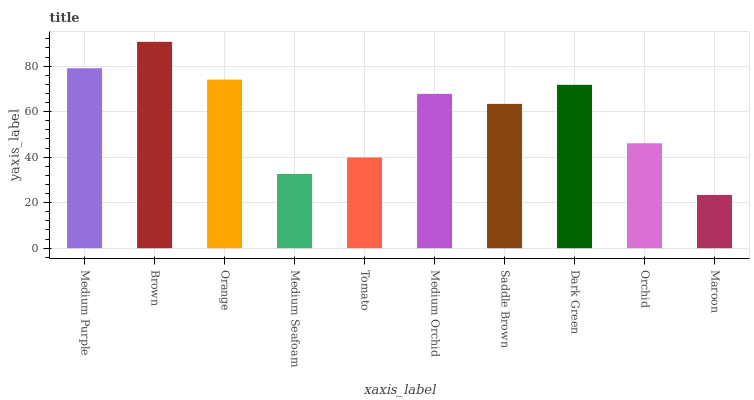
| xaxis_label | bars |
 | --- | --- |
 | Medium Purple | 79.1 |
 | Brown | 90.7 |
 | Orange | 74.1 |
 | Medium Seafoam | 32.6 |
 | Tomato | 39.9 |
 | Medium Orchid | 67.8 |
 | Saddle Brown | 63.4 |
 | Dark Green | 71.8 |
 | Orchid | 46.1 |
 | Maroon | 23.4 |